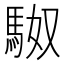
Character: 𮩼